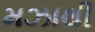
મઝાથી